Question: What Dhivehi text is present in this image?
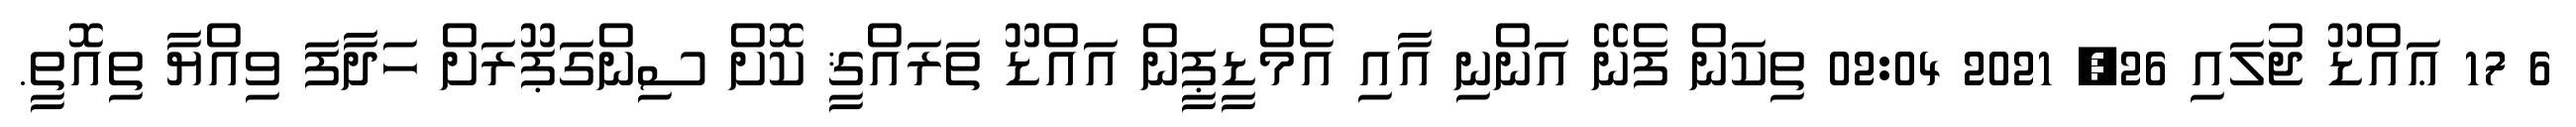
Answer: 6 17 ޢައްޑޫ ޖުލައި 26, 2021 02:04 ތިކަން ފެނޭ އަންނި އާއި އެމްޑީޕީން އައްޑޫ ތަރައްޤީ ކޮށް ސިންގަޕޫރަށް ހަދާފަ ވިއްޔާ ތިއޮތީ.